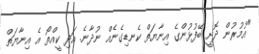
"އުމުރުން ދޮށީ ބޭފުޅުންގެ އިނާޔަތް ކެނޑިގެނެއް ނުދާނެ. އަދި ކީއްތޯ އެ އިނާޔަތް